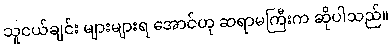
သူငယ်ချင်း များများရ အောင်ဟု ဆရာမကြီးက ဆိုပါသည်။